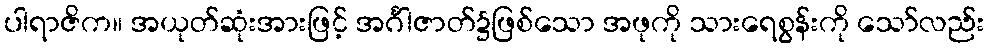
ပါရာဇိက။ အယုတ်ဆုံးအားဖြင့် အင်္ဂါဇာတ်၌ဖြစ်သော အဖုကို သားရေစွန်းကို သော်လည်း